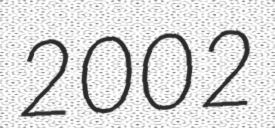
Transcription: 2002